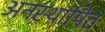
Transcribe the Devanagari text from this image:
अनस्थापित